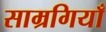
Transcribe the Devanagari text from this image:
साम्रगियाँ